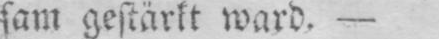
sam gestärkt ward. -